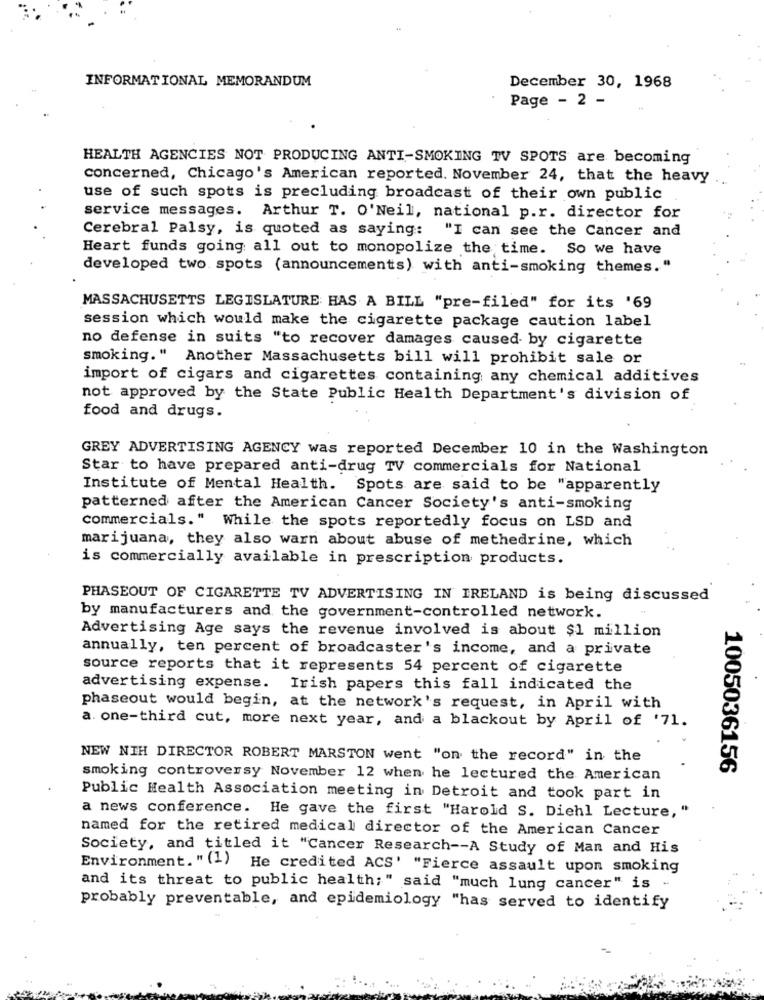
INFORMATIONAL MEMORANDUM
December 30, 1968
Page - 2 -
HEALTH AGENCIES NOT PRODUCING ANTI-SMOKING TV SPOTS are becoming
concerned, Chicago's American reported. November 24, that the heavy
use of such spots is precluding broadcast of their own public
service messages. Arthur T. O'Neil, national p.r. director for
Cerebral Palsy, is quoted as saying: "I can see the Cancer and
Heart funds going all out to monopolize the time. So we have
developed two. spots (announcements) with anti-smoking themes."
MASSACHUSETTS LEGISLATURE HAS A BILL "pre-filed" for its '69
session which would make the cigarette package caution label
no defense in suits "to recover damages caused by cigarette
smoking." Another Massachusetts bill will prohibit sale or
import of cigars and cigarettes containing any chemical additives
not approved by the State Public Health Department's division of
food and drugs.
GREY ADVERTISING AGENCY was reported December 10 in the Washington
Star to have prepared anti-drug TV commercials for National
Institute of Mental Health. Spots are said to be "apparently
patterned after the American Cancer Society's anti-smoking
commercials." While the spots reportedly focus on LSD and
marijuana, they also warn about abuse of methedrine, which
is commercially available in prescription products.
PHASEOUT OF CIGARETTE TV ADVERTISING IN IRELAND is being discussed
by manufacturers and the government-controlled network.
Advertising Age says the revenue involved is about $1 million
annually, ten percent of broadcaster's income, and a private
source reports that it represents 54 percent of cigarette
advertising expense. Irish papers this fall indicated the
phaseout would begin, at the network's request, in April with
a. one-third cut, more next year, and a blackout by April of '71.
NEW NIH DIRECTOR ROBERT MARSTON went "on the record" in the
1005036156
smoking controversy November 12 when he lectured the American
Public Health Association meeting in Detroit and took part in
a news conference. He gave the first "Harold S. Diehl Lecture, "
named for the retired medical director of the American Cancer
Society, and titled it "Cancer Research -- A Study of Man and His
Environment. " (1) He credited ACS' "Fierce assault upon smoking
and its threat to public health;" said "much lung cancer" is -
probably preventable, and epidemiology "has served to identify